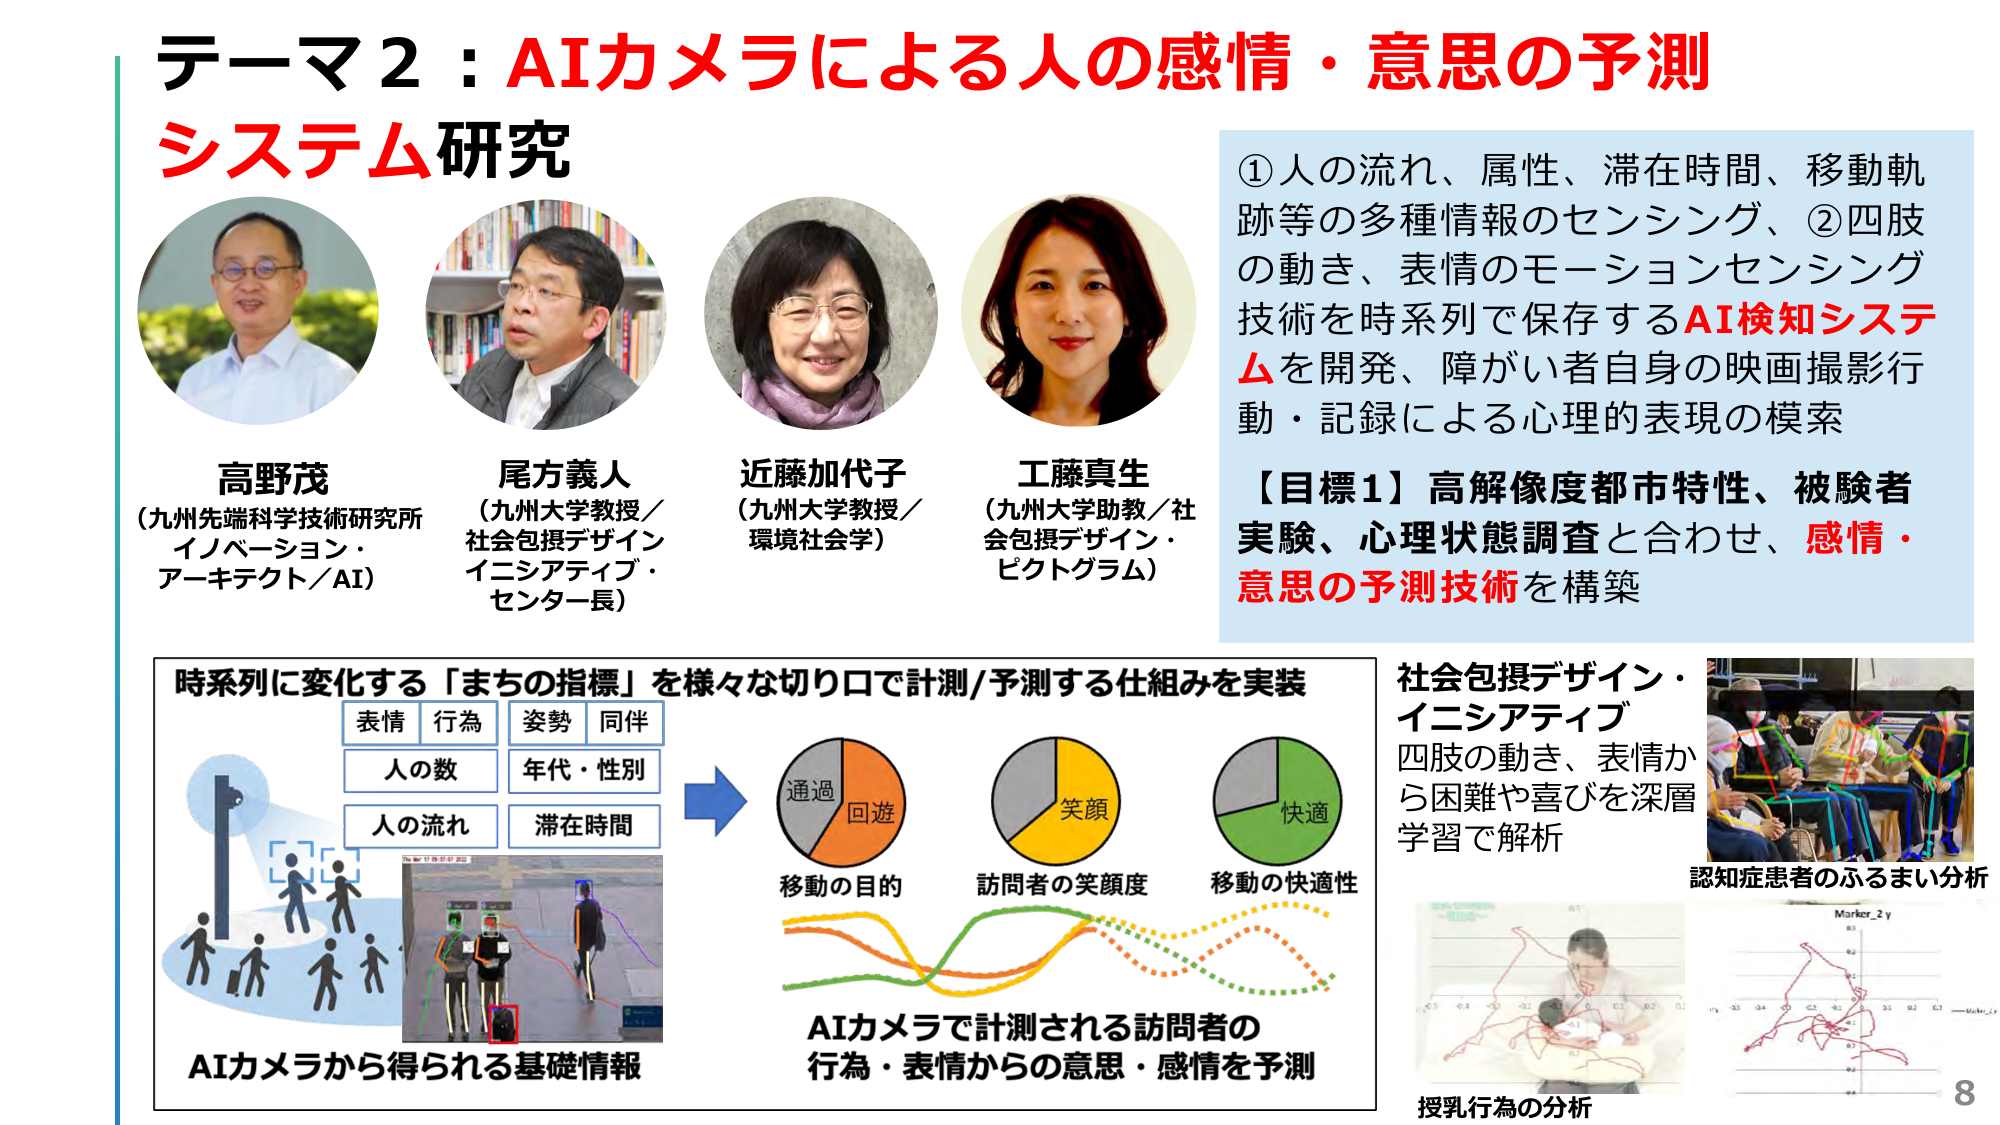
テーマ2：AIカメラによる人の感情・意思の予測
システム研究

高野茂
（九州先端科学技術研究所
イノベーション・
アーキテクト／AI）

尾方義人
（九州大学教授／
社会包摂デザイン
イニシアティブ・
センター長）

近藤加代子
（九州大学教授／
環境社会学）

工藤真生
（九州大学助教／社
会包摂デザイン・
ピクトグラム）

①人の流れ、属性、滞在時間、移動軌
跡等の多種情報のセンシング、②四肢
の動き、表情のモーションセンシング
技術を時系列で保存するAI検知システ
ムを開発、障がい者自身の映画撮影行
動・記録による心理的表現の模索

【目標1】高解像度都市特性、被験者
実験、心理状態調査と合わせ、感情・
意思の予測技術を構築

時系列に変化する「まちの指標」を様々な切り口で計測/予測する仕組みを実装
表情 行為 姿勢 同伴
人の数 年代・性別
人の流れ 滞在時間

AIカメラから得られる基礎情報

→
通過 回遊
移動の目的

笑顔
訪問者の笑顔度

快適
移動の快適性

AIカメラで計測される訪問者の
行為・表情からの意思・感情を予測

社会包摂デザイン・
イニシアティブ
四肢の動き、表情か
ら困難や喜びを深層
学習で解析

認知症患者のふるまい分析

授乳行為の分析

8